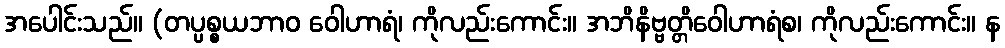
အပေါင်းသည်။ (တပ္ပစ္စယဘာဝ ဝေါဟာရံ၊ ကိုလည်းကောင်း။ အဘိနိဗ္ဗတ္တိဝေါဟာရံစ၊ ကိုလည်းကောင်း။ န